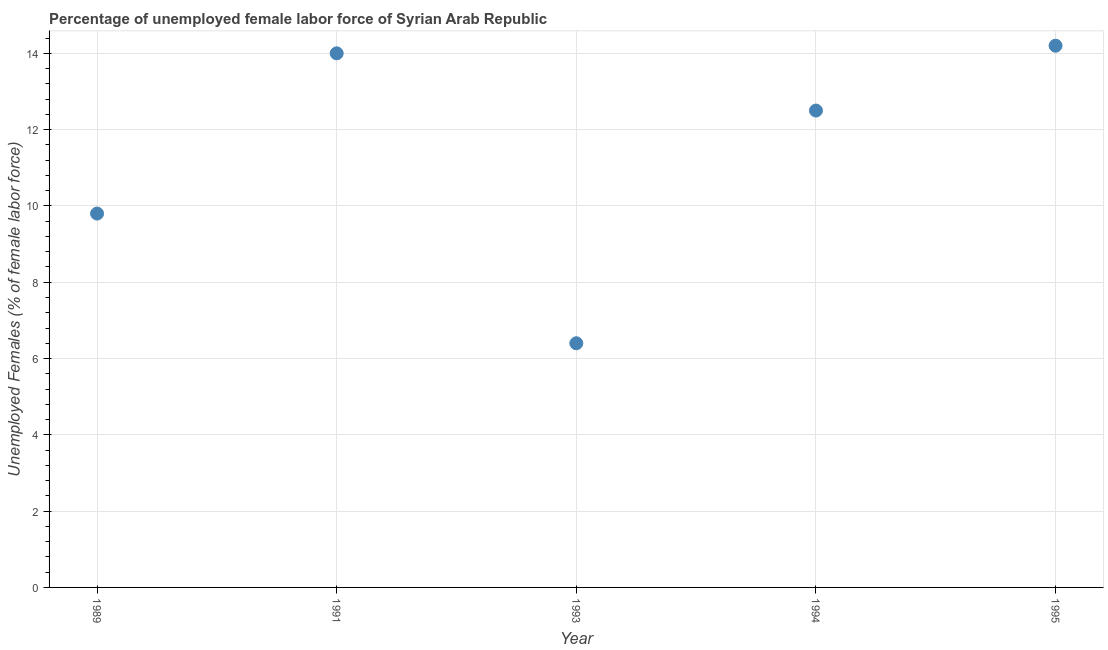
| Year | Unemployment female |
 | --- | --- |
 | 1989 | 9.8 |
 | 1991 | 14 |
 | 1993 | 6.4 |
 | 1994 | 12.5 |
 | 1995 | 14.2 |